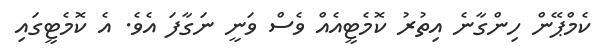
ކެމްޕޭން ހިންގާނެ އިތުރު ކޮމެޓީއެއް ވެސް ވަނީ ނަގާފަ އެވެ. އެ ކޮމެޓީގައި